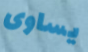
يساوى